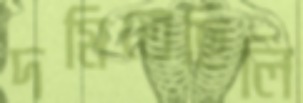
দমিতেছিলি